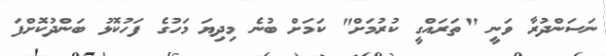
ނަސަންދުރާ ވަނީ "ތަރައްގީ ކުރުމަށް" ކަމަށް ބުނެ މިދިޔަ މަހުގެ ފަހުކޮޅު ބަންދުކޮށްފަ